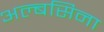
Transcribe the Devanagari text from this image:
अल्बसिना